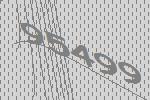
95499